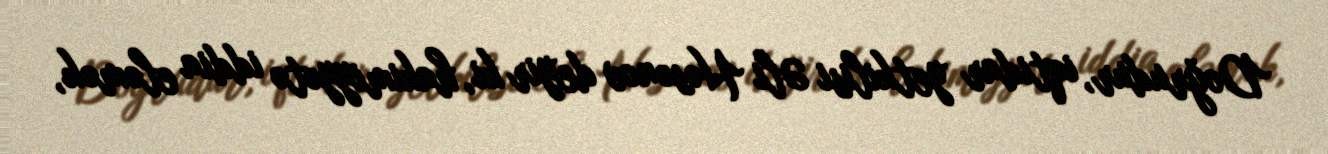
Doğrudur, iqtidar yetkilisi Əli Həsənov deyir ki, hakimiyyətə iddia eləmək,